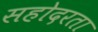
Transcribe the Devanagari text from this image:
सहोदरता